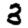
Digit: 3